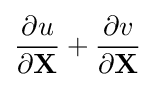
{\frac {\partial u}{\partial \mathbf {X} }}+{\frac {\partial v}{\partial \mathbf {X} }}